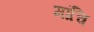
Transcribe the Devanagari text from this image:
मांचि